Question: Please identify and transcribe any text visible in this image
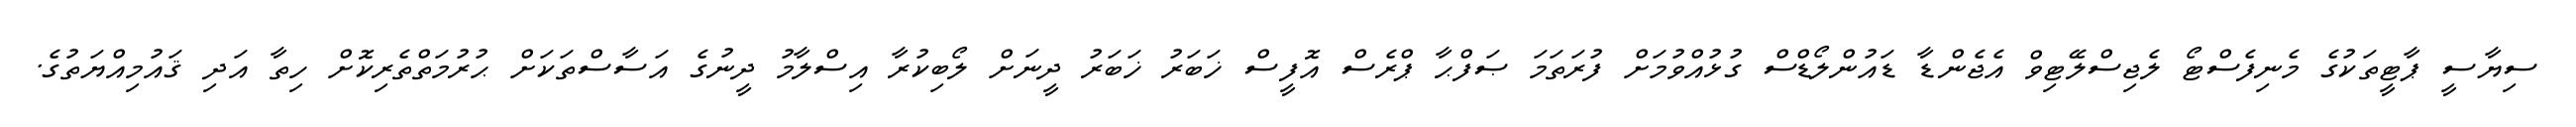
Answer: ސިޔާސީ ޕާޓީތަކުގެ މެނިފެސްޓޯ ލެޖިސްލޭޓިވް އެޖެންޑާ ޑައުންލޯޑްސް ގުޅުއްވުމަށް ފުރަތަމަ ޞަފްޙާ ޕްރެސް އޮފީސް ޚަބަރު ޚަބަރު ދީނަށް ލޯބިކުރާ އިސްލާމު ދީނުގެ އަސާސްތަކަށް ޙުރުމަތްތެރިކޮށް ހިތާ އަދި ޤައުމިއްޔަތުގެ.